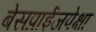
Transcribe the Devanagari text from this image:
बेसप्राईजपेक्षा